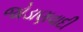
જોડાણવાદી